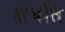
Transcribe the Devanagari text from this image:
क्षयति